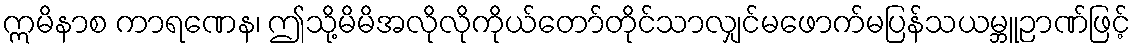
ဣမိနာစ ကာရဏေန၊ ဤသို့မိမိအလိုလိုကိုယ်တော်တိုင်သာလျှင်မဖောက်မပြန်သယမ္ဘူဉာဏ်ဖြင့်